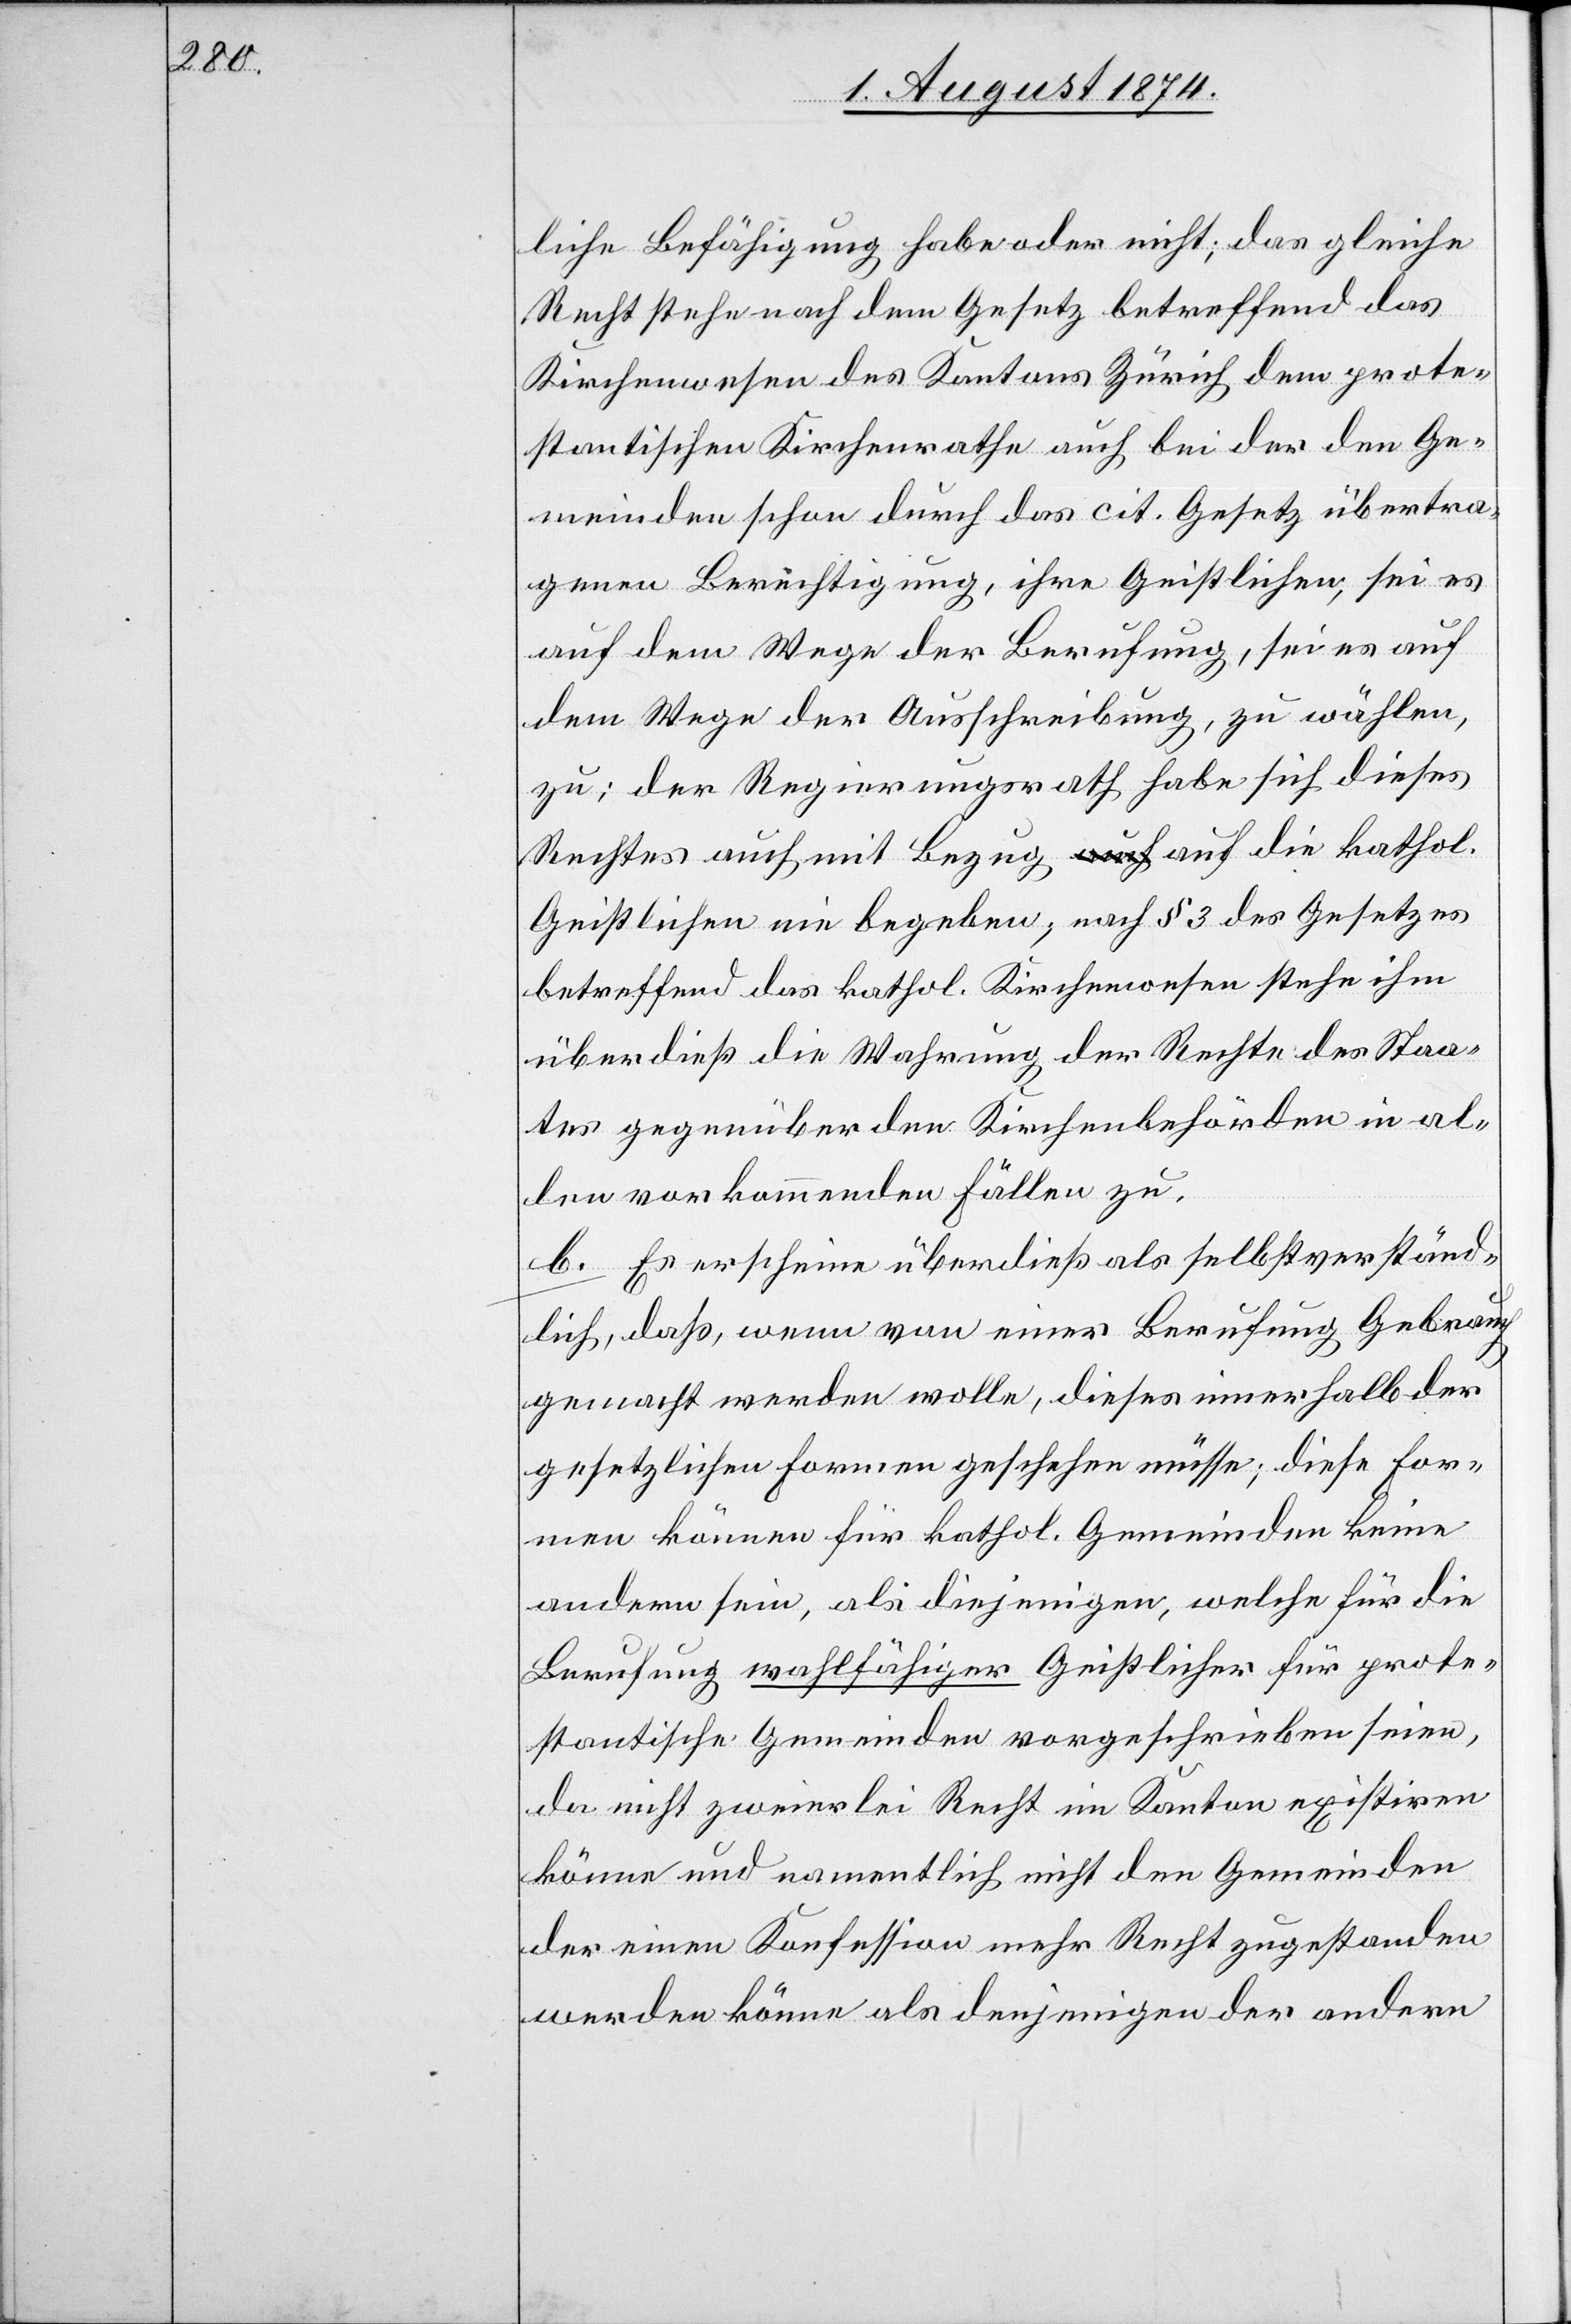
liche Befähigung habe oder nicht; das gleiche
Recht stehe nach dem Gesetz betreffend das
Kirchenwesen des Kantons Zürich dem prote¬
stantischen Kirchenrathe auch bei der den Ge¬
meinden schon durch das cit. Gesetz übertra¬
genen Berechtigung, ihre Geistlichen, sei es
auf dem Wege der Berufung, sei es auf
dem Wege der Ausschreibung, zu wählen,
zu; der Regierungsrath habe sich dieses
Rechtes auch mit Bezug auf die kathol.
Geistlichen nie begeben; nach § 3 des Gesetzes
betreffend das kathol. Kirchenwesen stehe ihm
überdieß die Wahrung der Rechte des Staa¬
tes gegenüber den Kirchenbehörden in al¬
len vorkommenden Fällen zu.
b. Es erscheine überdieß als selbstverständ¬
lich, daß, wenn von einer Berufung Gebrauch
gemacht werden wolle, dieses innerhalb der
gesetzlichen Formen geschehen müsse; diese For¬
men können für kathol. Gemeinden keine
andern sein, als diejenigen, welche für die
Berufung wahlfähiger Geistlicher für prote¬
stantische Gemeinden vorgeschrieben seien,
da nicht zweierlei Recht im Kanton existiren
könne und namentlich nicht den Gemeinden
der einen Konfession mehr Recht zugestanden
werden könne als denjenigen der andern